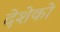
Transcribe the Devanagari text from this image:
देशेको